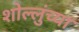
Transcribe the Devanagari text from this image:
शोल्लुंच्या